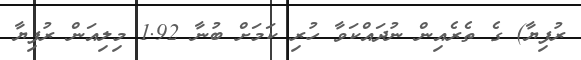
ރުފިޔާ) ގެ ތެރެއިން ނުދައްކަވާ ހުރި ކަމަށް ބުނާ 1.92 މިލިއަން ރުފިޔާ